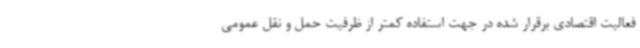
فعالیت اقتصادی برقرار شده در جهت استفاده کمتر از ظرفیت حمل و نقل عمومی